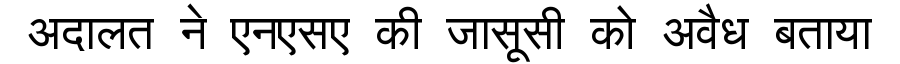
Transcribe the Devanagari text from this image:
अदालत ने एनएसए की जासूसी को अवैध बताया